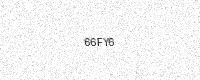
Text: 66FY6